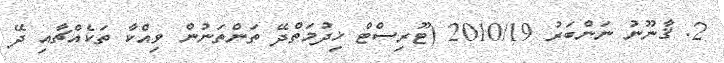
2. ޤާނޫނު ނަންބަރު 2010/19 (ޓޫރިސްޓް ޚިދުމަތްދޭ ތަންތަނުން ވިއްކާ ތަކެއްޗާއި ދޭ